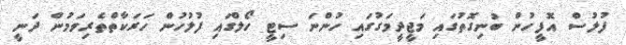
ފުލުސް އޮފީހުން ބުނިގޮތުގައި މަޖީދީމަގުގައި ހުންނަ ސިޓީ ހޯލްގައި ފުލުހުން ހަރަކާތްތެރިވަމުން ދަނީ